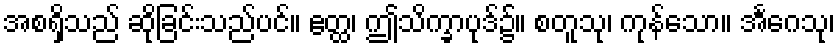
အစရှိသည် ဆိုခြင်းသည်ပင်။ ဧတ္ထ၊ ဤသိက္ခာပုဒ်၌။ စတူသု၊ ကုန်သော။ အင်္ဂေသု၊